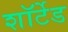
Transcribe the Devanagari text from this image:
शॉर्टेड